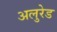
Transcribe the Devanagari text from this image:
अलुरेड